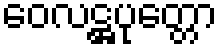
ဝေလဋ္ဌပုတ္တော